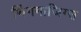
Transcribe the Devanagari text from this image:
थिंगमाजिग्स